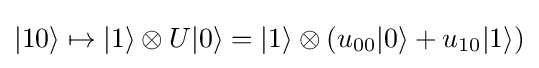
|10\rangle \mapsto |1\rangle \otimes U|0\rangle =|1\rangle \otimes (u_{00}|0\rangle +u_{10}|1\rangle )